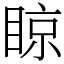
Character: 䁁